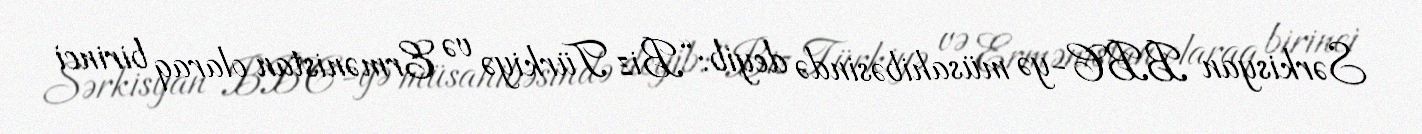
Sərkisyan BBC-yə müsahibəsində deyib: “Biz Türkiyə və Ermənistan olaraq birinci